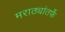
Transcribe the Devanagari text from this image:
मराठ्यांतर्फे